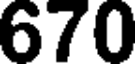
670